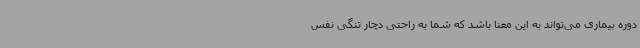
دوره بیماری می‌تواند به این معنا باشد که شما به راحتی دچار تنگی نفس